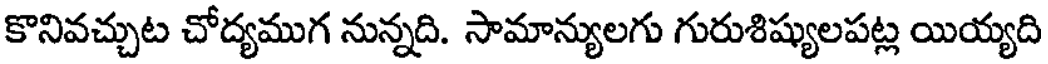
కొనివచ్చుట చోద్యముగ నున్నది. సామాన్యులగు గురుశిష్యులపట్ల యియ్యది